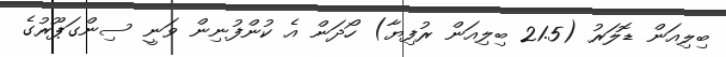
ބިލިއަން ޑޮލަރު (21.5 ބިލިއަން ރުފިޔާ) ހޯދަން އެ ކުންފުނިން ވަނީ ސިންގަޕޫރުގެ